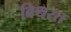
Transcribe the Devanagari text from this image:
बिथरत